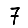
Digit: 7